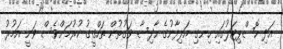
އަދި ހޮސްޕިޓަލުގައި ހިނގި އަލިފާނުގެ ހާދިސާ ވަގުތުން ތަހްގީގު ކުރުމަށްވެސް ވަނީ އަމުރު